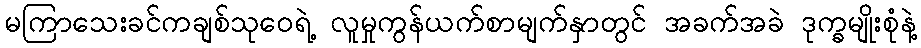
မကြာသေးခင်ကချစ်သုဝေရဲ့ လူမှုကွန်ယက်စာမျက်နှာတွင် အခက်အခဲ ဒုက္ခမျိုးစုံနဲ့